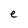
Character: e